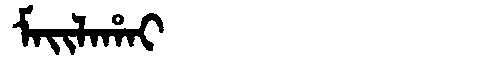
Manchu: ᠮᠠᡳᠯᠠᡥᠠᡳ
Romanization: MAILAHAI